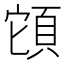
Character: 𩒂